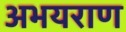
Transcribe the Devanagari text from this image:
अभयराण